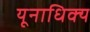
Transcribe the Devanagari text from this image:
यूनाधिक्य